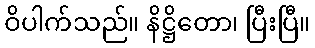
ဝိပါက်သည်။ နိဋ္ဌိတော၊ ပြီးပြီ။